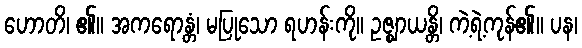
ဟောတိ၊ ၏။ အကရောန္တံ၊ မပြုသော ရဟန်းကို။ ဥဇ္ဈာယန္တိ၊ ကဲ့ရဲ့ကုန်၏။ ပန၊